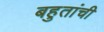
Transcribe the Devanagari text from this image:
बहुतांची